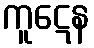
ကူဋေန